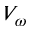
V _ { \omega }